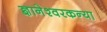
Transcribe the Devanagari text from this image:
ज्ञानेश्वरकन्या